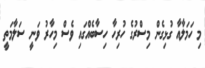
މި ހަމަލާއާ ގުޅިގެން މިސްރުގެ ހުުރިހާ ހިސާބެއްގައި ވެސް މިހާރު ވަނީ ސަލާމަތީ